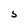
Character: 5